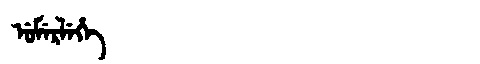
Manchu: ᡠᠮᡝᡵᠯᡝᡥᡝ
Romanization: UMERLEHE